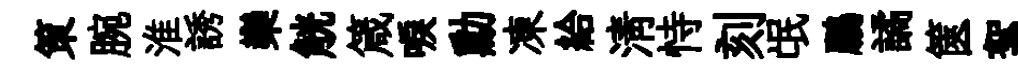
策腕淮誘欒觥箴唳勳凍給清恃刻氓鵬譎篋絮